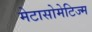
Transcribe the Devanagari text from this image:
मेटासोमेटिज्म